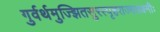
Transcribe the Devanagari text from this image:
गुर्वर्थमुज्झितसुरस्पृहराज्यलक्ष्मीः